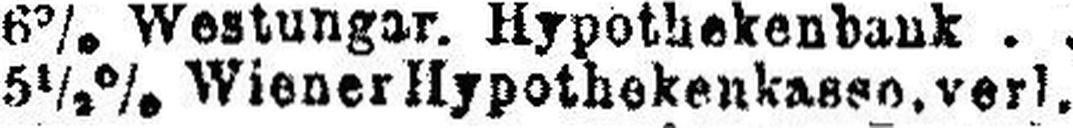
5½% Wiener Hypothekenkasse. verl.